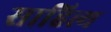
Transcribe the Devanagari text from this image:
साहित्त्य